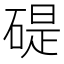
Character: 碮